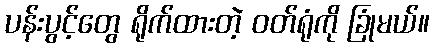
ပန်းပွင့်တွေ ရိုက်ထားတဲ့ ဝတ်ရုံကို ခြုံမယ်။